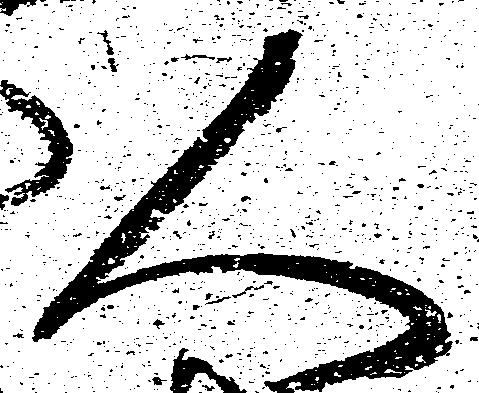
人